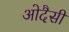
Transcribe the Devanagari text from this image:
ओदैसी